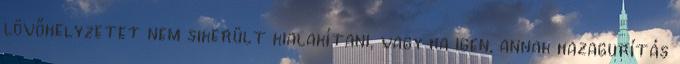
lövőhelyzetet nem sikerült kialakítani, vagy ha igen, annak hazagurítás